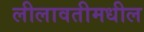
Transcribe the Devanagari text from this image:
लीलावतीमधील